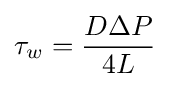
\tau _{w}={\frac {D\Delta P}{4L}}